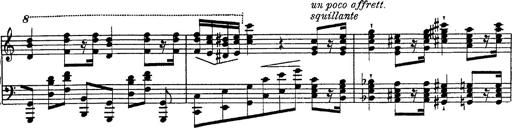
Title: Fantasie Ã¼ber Themen aus Mozarts Figaro und Don Giovanni
Composer: Franz Liszt